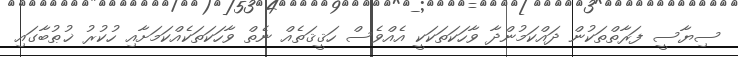
ސިޔާސީ ފަރާތްތަކުން ދައްކަމުންދާ ވާހަކަތަކަކީ އެއްވެސް ހަޤީޤަތެއް ނެތް ވާހަކަތަކެއްކަމަށާއި ހުކުރު ޚުޠުބާގައި